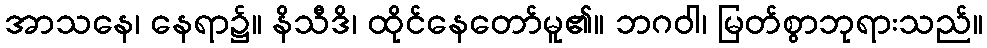
အာသနေ၊ နေရာ၌။ နိသီဒိ၊ ထိုင်နေတော်မူ၏။ ဘဂဝါ၊ မြတ်စွာဘုရားသည်။